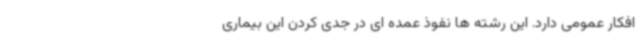
افکار عمومی دارد. این رشته ها نفوذ عمده ای در جدی کردن این بیماری